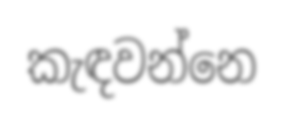
කැඳවන්නෙ